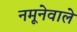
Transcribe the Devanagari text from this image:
नमूनेवाले